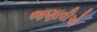
જણાવીએ